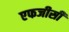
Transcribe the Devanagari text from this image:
एफजीसी